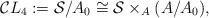
LaTeX: \begin{gather*}\mathcal{C}L_4 := \mathcal{S}/A_0 \cong \mathcal{S}\times_{A} (A/A_0),\end{gather*}